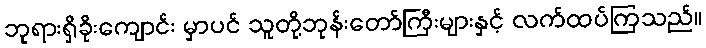
ဘုရားရှိခိုးကျောင်း မှာပင် သူတို့ဘုန်းတော်ကြီးများနှင့် လက်ထပ်ကြသည်။